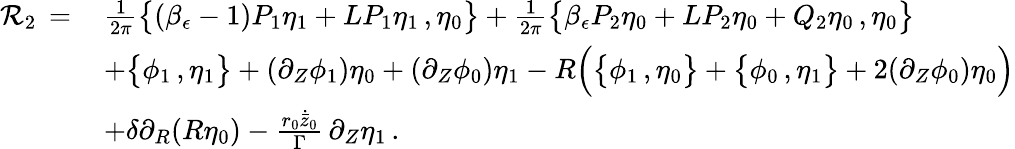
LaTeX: \begin{array}{rl}{\mathcal{R}_{2}\, =\, }&{\frac{1}{2\pi}\bigl\{ (\beta_{\epsilon}-1)P_{1}\eta_{1}+LP_{1}\eta_{1}\, ,\eta_{0}\bigr\} +\frac{1}{2\pi}\bigl\{ \beta_{\epsilon}P_{2}\eta_{0}+LP_{2}\eta_{0}+Q_{2}\eta_{0}\, ,\eta_{0}\bigr\} }\\ &{+\bigl\{ \phi_{1}\, ,\eta_{1}\bigr\} +(\partial_{Z}\phi_{1})\eta_{0}+(\partial_{Z}\phi_{0})\eta_{1}-R\Bigl(\bigl\{ \phi_{1}\, ,\eta_{0}\bigr\} +\bigl\{ \phi_{0}\, ,\eta_{1}\bigr\} +2(\partial_{Z}\phi_{0})\eta_{0}\Bigr)}\\ &{+\delta\partial_{R}(R\eta_{0})-\frac{r_{0}\dot{\bar{z}}_{0}}{\Gamma}\, \partial_{Z}\eta_{1}\, .}\end{array}